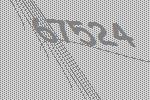
67524